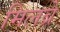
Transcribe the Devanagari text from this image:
मिलब्रे